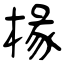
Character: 椽